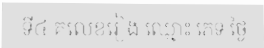
ទី៤ គលេខរៀង ឈ្មោះ ភេទ ថ្ងៃ